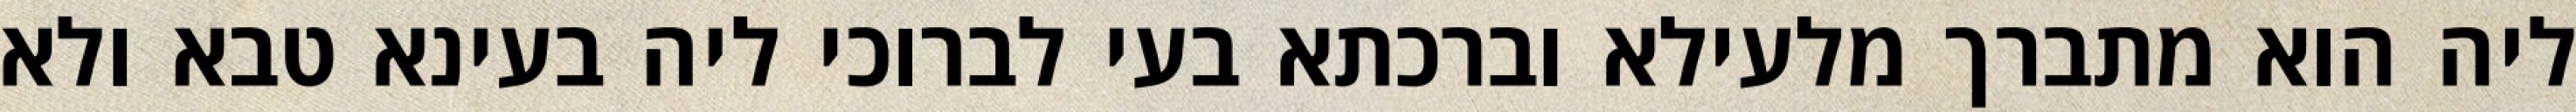
ליה הוא מתברך מלעילא וברכתא בעי לברוכי ליה בעינא טבא ולא